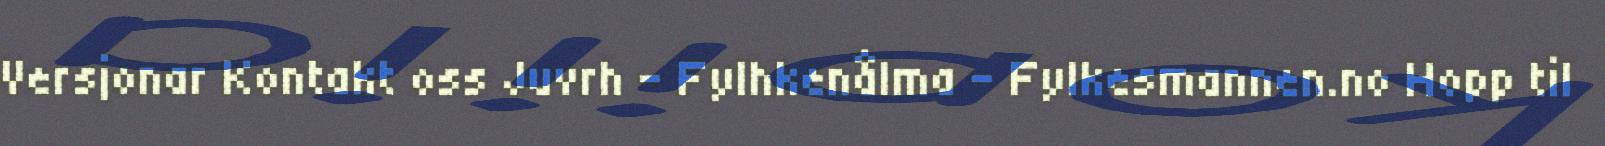
Versjonar Kontakt oss Juvrh - Fylhkenålma - Fylkesmannen.no Hopp til